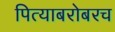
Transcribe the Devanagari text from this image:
पित्याबरोबरच